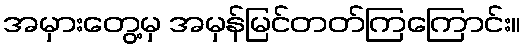
အမှားတွေ့မှ အမှန်မြင်တတ်ကြကြောင်း။